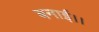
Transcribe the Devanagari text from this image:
बनाई।।